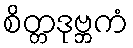
စိတ္တဒုဗ္ဘကံ